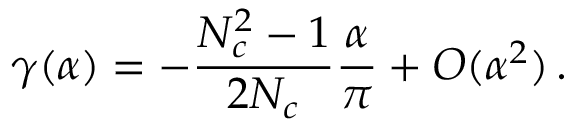
\gamma ( \alpha ) = - \frac { N _ { c } ^ { 2 } - 1 } { 2 N _ { c } } \frac { \alpha } { \pi } + O ( \alpha ^ { 2 } ) \, .